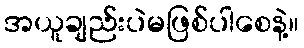
အယူချည်းပဲမဖြစ်ပါစေနဲ့။